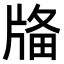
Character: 𤗌